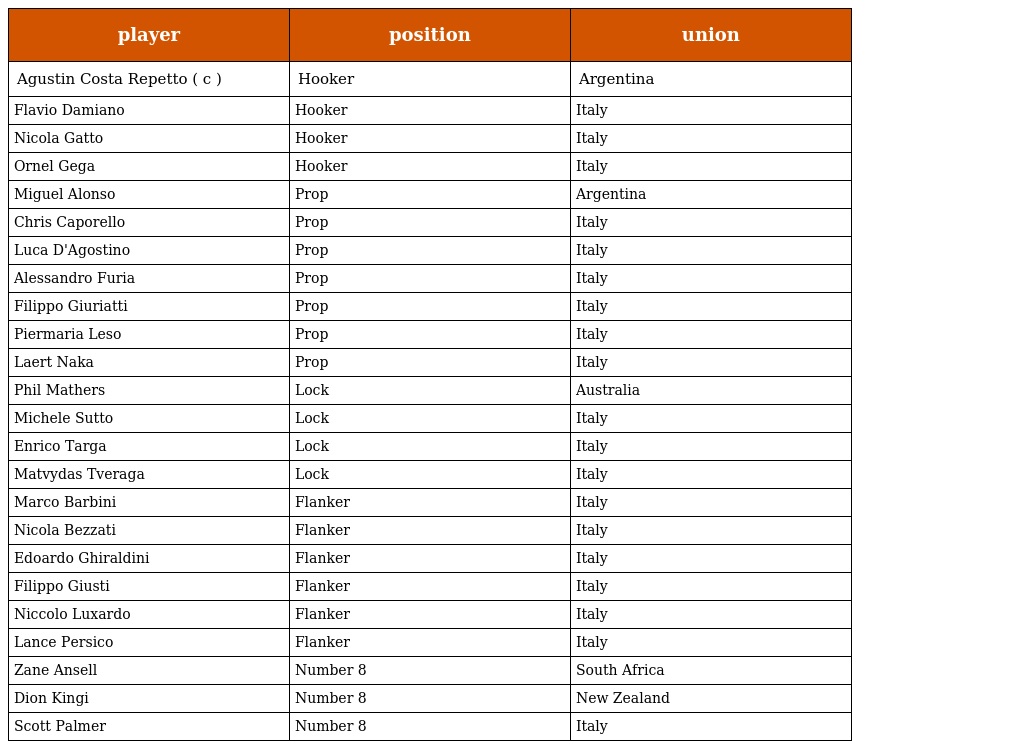
| player | position | union |
 | --- | --- | --- |
 | Agustin Costa Repetto ( c ) | Hooker | Argentina |
 | Flavio Damiano | Hooker | Italy |
 | Nicola Gatto | Hooker | Italy |
 | Ornel Gega | Hooker | Italy |
 | Miguel Alonso | Prop | Argentina |
 | Chris Caporello | Prop | Italy |
 | Luca D'Agostino | Prop | Italy |
 | Alessandro Furia | Prop | Italy |
 | Filippo Giuriatti | Prop | Italy |
 | Piermaria Leso | Prop | Italy |
 | Laert Naka | Prop | Italy |
 | Phil Mathers | Lock | Australia |
 | Michele Sutto | Lock | Italy |
 | Enrico Targa | Lock | Italy |
 | Matvydas Tveraga | Lock | Italy |
 | Marco Barbini | Flanker | Italy |
 | Nicola Bezzati | Flanker | Italy |
 | Edoardo Ghiraldini | Flanker | Italy |
 | Filippo Giusti | Flanker | Italy |
 | Niccolo Luxardo | Flanker | Italy |
 | Lance Persico | Flanker | Italy |
 | Zane Ansell | Number 8 | South Africa |
 | Dion Kingi | Number 8 | New Zealand |
 | Scott Palmer | Number 8 | Italy |